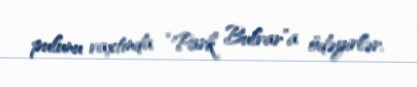
pulunu vaxtında “Park Bulvar”a ödəyirlər.